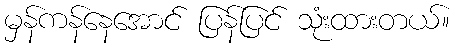
မှန်ကန်နေအောင် ပြန်ပြင် သုံးထားတယ်။